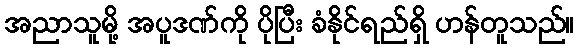
အညာသူမို့ အပူဒဏ်ကို ပိုပြီး ခံနိုင်ရည်ရှိ ဟန်တူသည်။